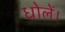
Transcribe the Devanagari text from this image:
धोलें।